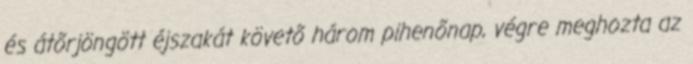
és átõrjöngött éjszakát követõ három pihenõnap, végre meghozta az